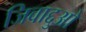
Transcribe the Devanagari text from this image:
जिवाद्दुओ